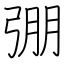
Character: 弸